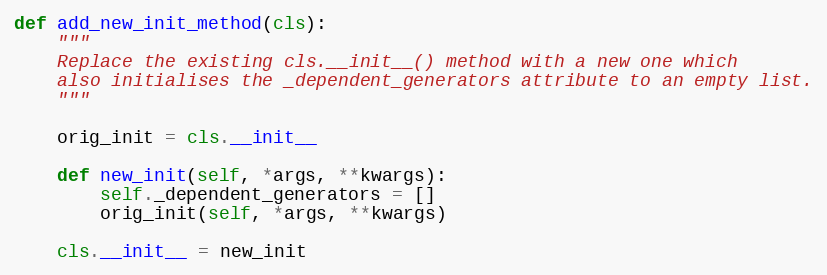
Language: Python
def add_new_init_method(cls):
    """
    Replace the existing cls.__init__() method with a new one which
    also initialises the _dependent_generators attribute to an empty list.
    """

    orig_init = cls.__init__

    def new_init(self, *args, **kwargs):
        self._dependent_generators = []
        orig_init(self, *args, **kwargs)

    cls.__init__ = new_init